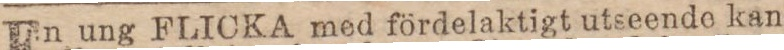
En ung FLICKA med fördelaktigt utseende kan